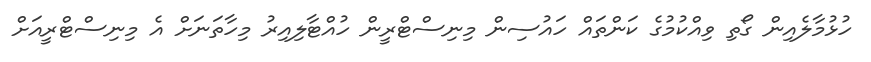
ހުޅުމާލެއިން ގޯތި ވިއްކުމުގެ ކަންތައް ހައުސިން މިނިސްޓްރީން ހުއްޓާލިއިރު މިހާތަނަށް އެ މިނިސްޓްރީއަށް